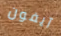
آيفون